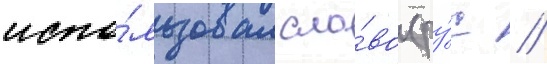
испо́льзовал сло́во (ру́с //